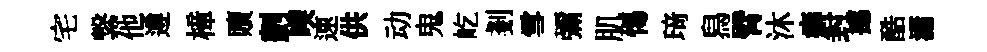
宅繋他遵樟贖劃喫速供动鬼屹剗雪彌肌惕𤦺舄臂沐癖封撼酷瀟